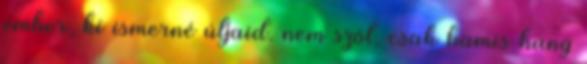
ember, ki ismerné útjaid. nem szól, csak hamis hang